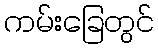
ကမ်းခြေတွင်